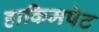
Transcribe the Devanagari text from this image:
हाकिमपेट